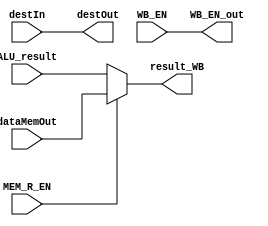
module WB(
			input WB_EN,MEM_R_EN,
			input [4:0] destIn,
			input [31:0] dataMemOut,ALU_result,
			
			output WB_EN_out,
			output [4:0] destOut,
			output [31:0] result_WB	
		);
		
	assign result_WB = MEM_R_EN ? dataMemOut : ALU_result;
	assign destOut = destIn;
	assign WB_EN_out = WB_EN;
	
endmodule